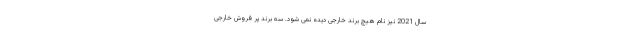
سال 2021 نیز نام هیچ برند خارجی دیده نمی شود. سه برند پر فروش خارجی